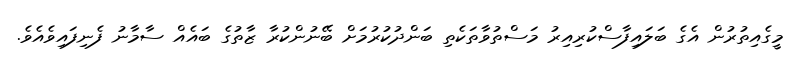
މީގެއިތުރުން އެގެ ބަލައިފާސްކުރިއިރު މަސްތުވާތަކެތި ބަންދުކުރުމަށް ބޭނުންކުރާ ޒާތުގެ ބައެއް ސާމާނު ފެނިފައިވެއެވެ.